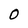
Character: 0